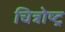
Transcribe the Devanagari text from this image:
चित्रोष्ट्र